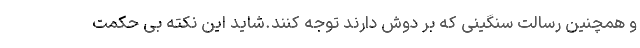
و همچنین رسالت سنگینی که بر دوش دارند توجه کنند.شاید این نکته بی حکمت